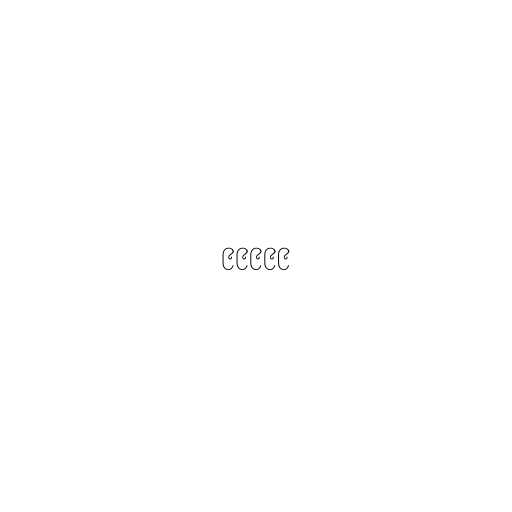
၉၉၉၉၉